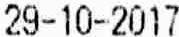
29-10-2017